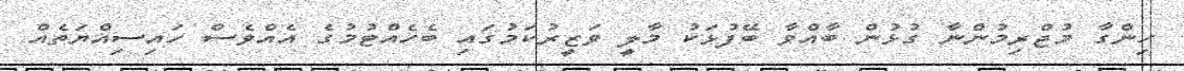
ހިންގާ މުޖްރިމުންނާ ގުޅުން ބާއްވާ ބޭފުޅަކު މާލީ ވަޒީރުކަމުގައި ބެހެއްޓުމުގެ އެއްވެސް ހައިސިއްޔަތެއް